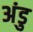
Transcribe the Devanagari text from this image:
अंडु